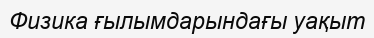
Физика ғылымдарындағы уақыт